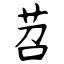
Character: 苕